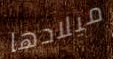
ميلادها